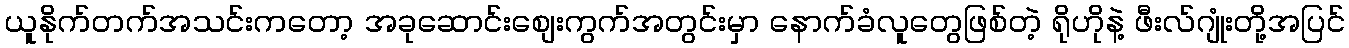
ယူနိုက်တက်အသင်းကတော့ အခုဆောင်းစျေးကွက်အတွင်းမှာ နောက်ခံလူတွေဖြစ်တဲ့ ရိုဟိုနဲ့ ဖီးလ်ဂျုံးတို့အပြင်